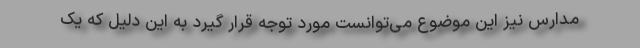
مدارس نیز این موضوع می‌توانست مورد توجه قرار گیرد به این دلیل که یک